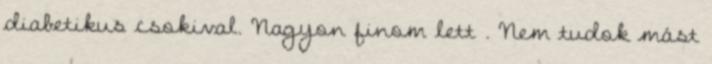
diabetikus csokival. Nagyon finom lett . Nem tudok mást